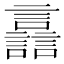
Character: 譶